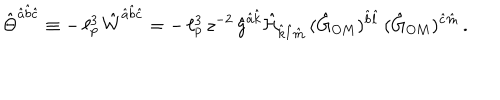
LaTeX: \hat { \Theta } ^ { \hat { a } \hat { b } \hat { c } } \equiv - \, \ell _ { p } ^ { 3 } \, \hat { W } ^ { \hat { a } \hat { b } \hat { c } } = - \, \ell _ { p } ^ { 3 } \, z ^ { - 2 } \, \hat { g } ^ { \hat { a } \hat { k } } \hat { \cal H } _ { \hat { k } \hat { l } \hat { m } } \, ( \hat { G } _ { O M } ) ^ { \hat { b } \hat { l } } \, ( \hat { G } _ { O M } ) ^ { \hat { c } \hat { m } } \, .